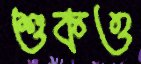
শুকও